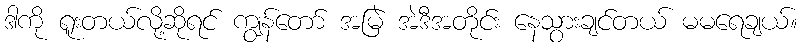
ဒါကို ရူးတယ်လို့ဆိုရင် ကျွန်တော် အမြဲ အဲဒီအတိုင်း နေသွားချင်တယ် မမရေချယ်။